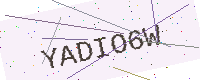
Text: YADIO6W